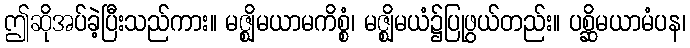
ဤဆိုအပ်ခဲ့ပြီးသည်ကား။ မဇ္ဈိမယာမကိစ္စံ၊ မဇ္ဈိမယံ၌ပြုဖွယ်တည်း။ ပစ္ဆိမယာမံပန၊